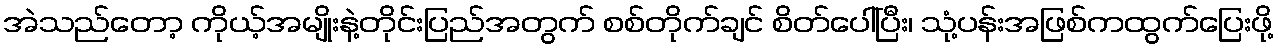
အဲသည်တော့ ကိုယ့်အမျိုးနဲ့တိုင်းပြည်အတွက် စစ်တိုက်ချင် စိတ်ပေါ်ပြီး၊ သုံ့ပန်းအဖြစ်ကထွက်ပြေးဖို့